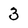
Character: 3